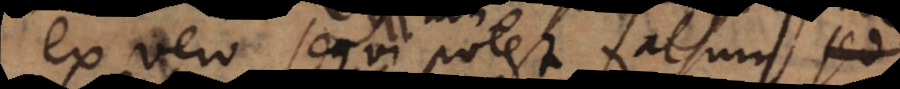
ex vero sequi potest falsum etsi